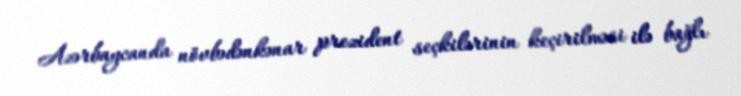
Azərbaycanda növbədənkənar prezident seçkilərinin keçirilməsi ilə bağlı